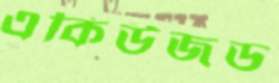
একিউজড